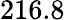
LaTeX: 216.8